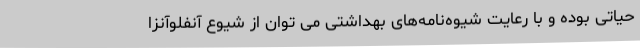
حیاتی بوده و با رعایت شیوه‌نامه‌های بهداشتی می توان از شیوع آنفلوآنزا